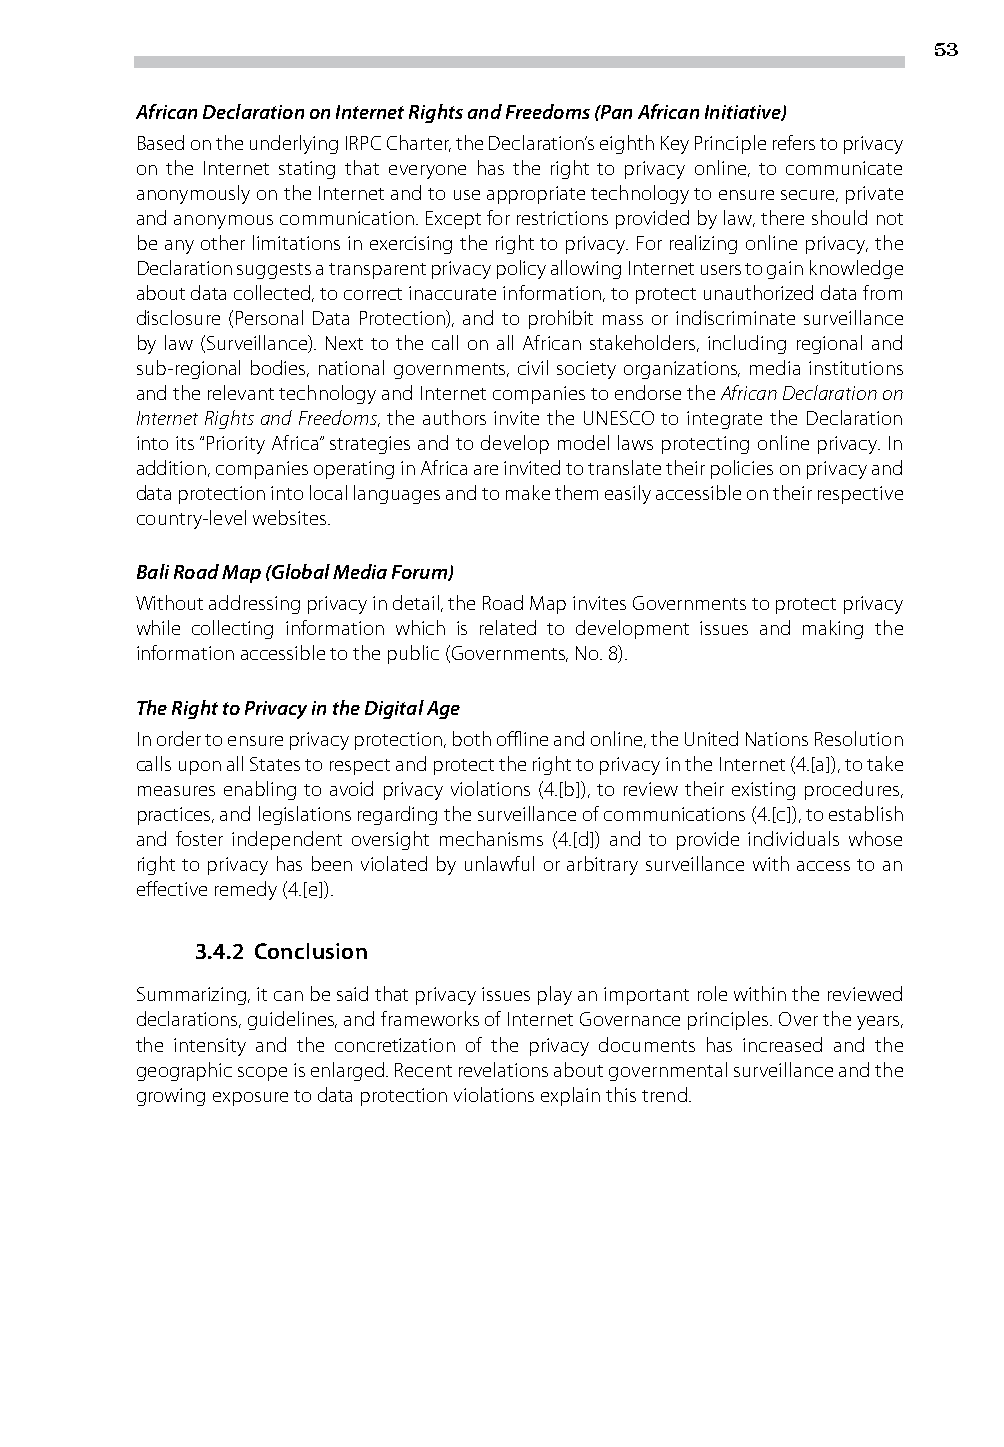
53
 African Declaration on Internet Rights and Freedoms (Pan African Initiative)
 Based on the underlying IRPC Charter, the Declaration’s eighth Key Principle refers to privacy
 on the Internet stating that everyone has the right to privacy online, to communicate
 anonymously on the Internet and to use appropriate technology to ensure secure, private
 and anonymous communication. Except for restrictions provided by law, there should not
 be any other limitations in exercising the right to privacy. For realizing online privacy, the
 Declaration suggests a transparent privacy policy allowing Internet users to gain knowledge
 about data collected, to correct inaccurate information, to protect unauthorized data from
 disclosure (Personal Data Protection), and to prohibit mass or indiscriminate surveillance
 by law (Surveillance). Next to the call on all African stakeholders, including regional and
 sub-regional bodies, national governments, civil society organizations, media institutions
 and the relevant technology and Internet companies to endorse the African Declaration on
 Internet Rights and Freedoms, the authors invite the UNESCO to integrate the Declaration
 into its “Priority Africa” strategies and to develop model laws protecting online privacy. In
 addition, companies operating in Africa are invited to translate their policies on privacy and
 data protection into local languages and to make them easily accessible on their respective
 country-level websites.
 Bali Road Map (Global Media Forum)
 Without addressing privacy in detail, the Road Map invites Governments to protect privacy
 while collecting information which is related to development issues and making the
 information accessible to the public (Governments, No. 8).
 The Right to Privacy in the Digital Age
 In order to ensure privacy protection, both offline and online, the United Nations Resolution
 calls upon all States to respect and protect the right to privacy in the Internet (4.[a]), to take
 measures enabling to avoid privacy violations (4.[b]), to review their existing procedures,
 practices, and legislations regarding the surveillance of communications (4.[c]), to establish
 and foster independent oversight mechanisms (4.[d]) and to provide individuals whose
 right to privacy has been violated by unlawful or arbitrary surveillance with access to an
 effective remedy (4.[e]).
 3.4.2 Conclusion
 Summarizing, it can be said that privacy issues play an important role within the reviewed
 declarations, guidelines, and frameworks of Internet Governance principles. Over the years,
 the intensity and the concretization of the privacy documents has increased and the
 geographic scope is enlarged. Recent revelations about governmental surveillance and the
 growing exposure to data protection violations explain this trend.